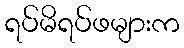
ရပ်မိရပ်ဖများက